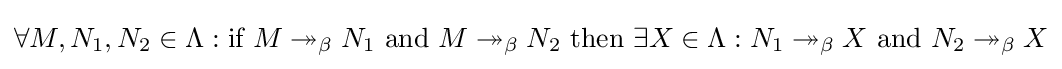
\forall M,N_{1},N_{2}\in \Lambda :{\text{if}}\ M\twoheadrightarrow _{\beta }N_{1}\ {\text{and}}\ M\twoheadrightarrow _{\beta }N_{2}\ {\text{then}}\ \exists X\in \Lambda :N_{1}\twoheadrightarrow _{\beta }X\ {\text{and}}\ N_{2}\twoheadrightarrow _{\beta }X